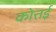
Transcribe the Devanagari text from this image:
कोत्तई